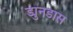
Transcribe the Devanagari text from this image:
ड्युनडास